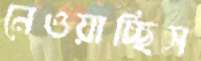
নেওয়াচ্ছিস